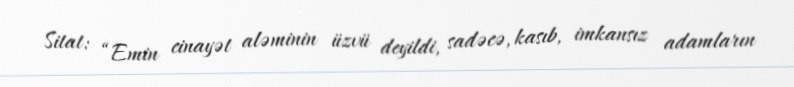
Sitat: “Emin cinayət aləminin üzvü deyildi, sadəcə, kasıb, imkansız adamların